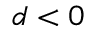
d < 0